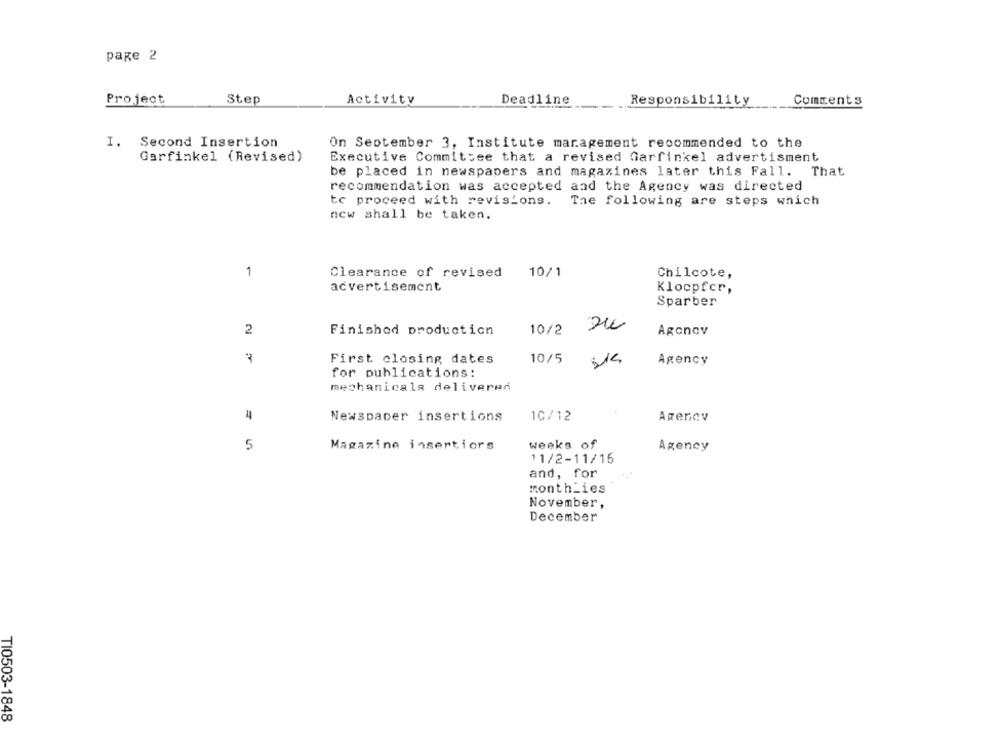
page 2
Project
Step
Activity
Deadline
Responsibility
Comments
I. Second Insertion
On September 3, Institute management recommended to the
Garfinkel (Revised)
Executive Committee that a revised Garfinkel advertisment
be placed in newspapers and magazines later this Fall.
That
recommendation was accepted and the Agency was directed
tc proceed with revisions.
The following are steps which
new shall be taken.
1
Clearance of revised
10/1
Chilcote,
advertisement
Klocpfcr,
Sparber
2
Finished production
10/2
Agonov
First closing dates
10/5
Agency
for publications:
mechanicals delivered
44
Newspaper insertions
10/12
Agency
Magazine insertiors
weeks of
5
Agency
11/2-11/16
and, for
month_ies
November,
December
TI0503-1848